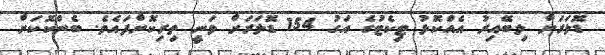
ޑޮލަރަށް ލިބޭއިރު އެއްކޮޅު ޓިކެޓުގެ އަގު 154 ޑޮލަރަށް ވަނީ ތިރިކޮށްފައެވެ. ބެންކޮކަށް